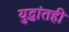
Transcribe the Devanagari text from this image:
युद्धांतही